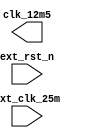
`timescale 1ns / 1ps
//////////////////////////////////////////////////////////////////////////////////
// Company: 
// Engineer: 
// 
// Design Name: 
// Module Name:    F20190604 
// Project Name: 
// Target Devices: 
// Tool versions: 
// Description: 
//
// Dependencies: 
//
// Revision: 
// Revision 0.01 - File Created
// Additional Comments: 
//
//////////////////////////////////////////////////////////////////////////////////
module F20190604(
    input ext_clk_25m,
    input ext_rst_n,
    output clk_12m5
    );


endmodule